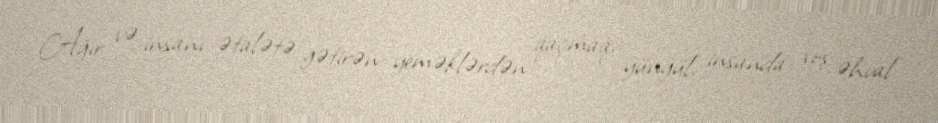
Ağır və insanı ətalətə gətirən yeməklərdən qaçmaq, yüngül, insanda xoş əhval